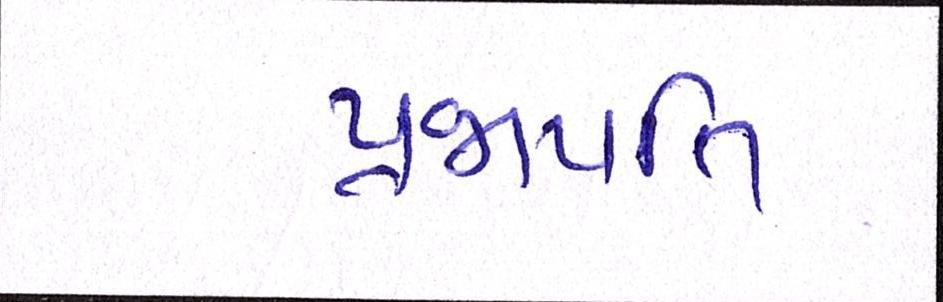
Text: પ્રજાપતિ